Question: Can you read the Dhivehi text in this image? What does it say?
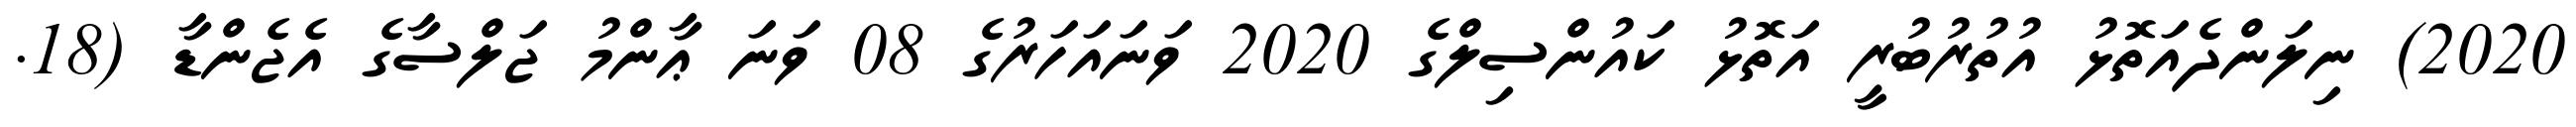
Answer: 2020) ނިލަންދެއަތޮޅު އުތުރުބުރީ އަތޮޅު ކައުންސިލްގެ 2020 ވަނައަހަރުގެ 08 ވަނަ ޢާންމު ޖަލްސާގެ އެޖެންޑާ (18.